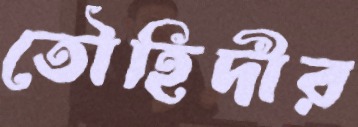
তৌহিদীর